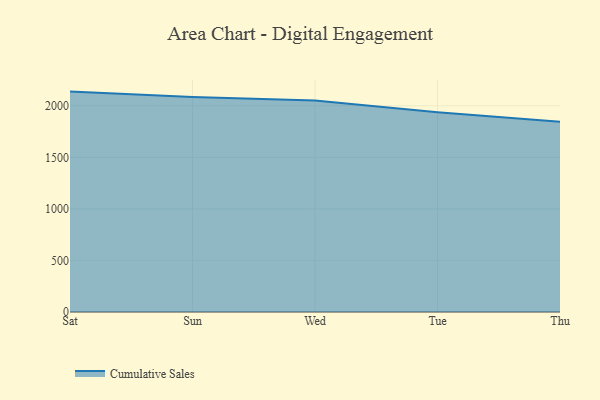
{"axis": {"x": "Day", "y": "Backlog"}, "legend": ["Cumulative Sales"], "data": [{"x": "Sat", "y": 2137.7, "type": "Cumulative Sales"}, {"x": "Sun", "y": 2084.8, "type": "Cumulative Sales"}, {"x": "Wed", "y": 2050.4, "type": "Cumulative Sales"}, {"x": "Tue", "y": 1937.5, "type": "Cumulative Sales"}, {"x": "Thu", "y": 1845.1, "type": "Cumulative Sales"}]}